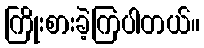
ကြိုးစားခဲ့ကြပါတယ်။